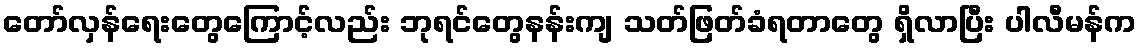
တော်လှန်ရေးတွေကြောင့်လည်း ဘုရင်တွေနန်းကျ သတ်ဖြတ်ခံရတာတွေ ရှိလာပြီး ပါလီမန်က